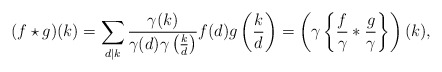
\begin{align*}(f\star g)(k)=\sum_{d|k}\frac{\gamma(k)}{\gamma(d)\gamma\left(\frac{k}{d}\right)}f(d)g\left(\frac{k}{d}\right)=\left(\gamma\left\{\frac{f}{\gamma}*\frac{g}{\gamma}\right\}\right)(k), \end{align*}